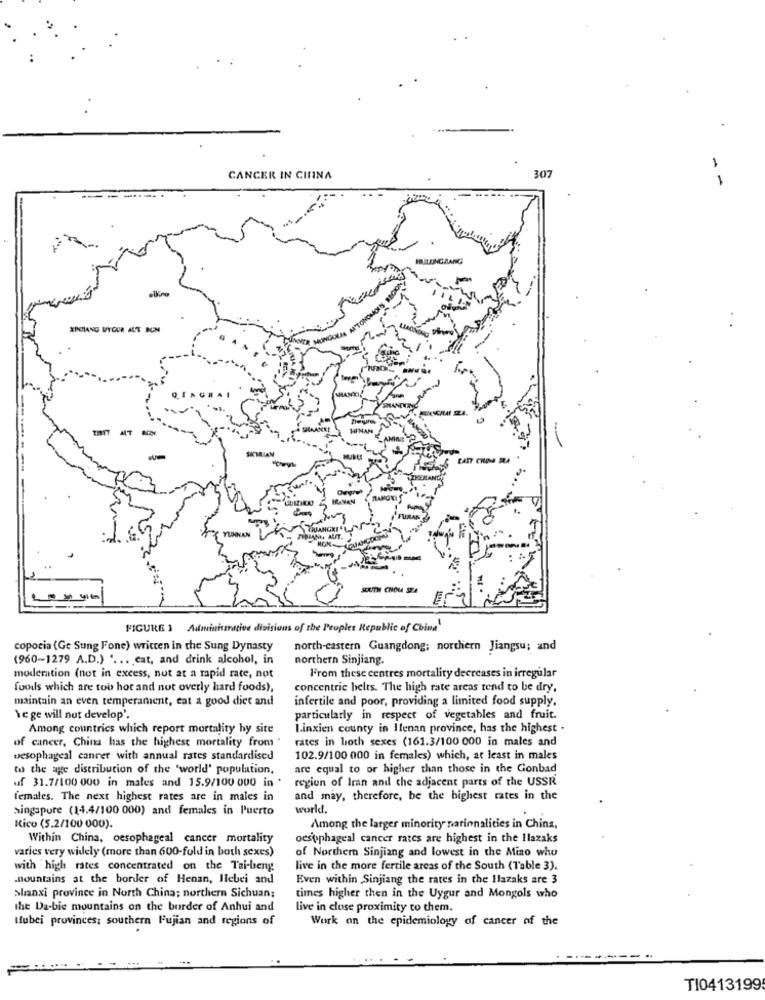
CANCER IN CITINA
307
- -
ICI ALANCE
XPOLANG UYGUR AUT BUN
AT
SIMLIAN
-
INAN
YUNNAN
FIRMANU AUT.
FIGURE 3 Administrative divisions of the Peoples Republic of China"
copocia (Gc Sung Fone) written in the Sung Dynasty
north-eastern Guangdong; northern Jiangsu; and
(960-1279 A.D.) " ... cat, and drink alcohol, in
northern Sinjiang.
moderation (not in excess, not at a rapid rate, not
From these centres mortality decreases in irregular
foods which are too hot and not overly hard foods),
concentric helts. The high rate areas tend to be dry.
maintain an even temperament, eat a good diec and
infertile and poor, providing a limited food supply.
Vege will not develop'.
particularly in respect of vegetables and fruit.
Among countrics which report mortality hy site
Linxien county in Ilenan province, has the highest .
rates in both sexes (161.3/100 000 in males and
of cancer, China has the highest mortality from '
oesophageal canrer with annual rates standardised
102.9/100 000 in females) which, at least in males
to the age distribution of the 'world' population,
are equal to or higher than those in the Gonbad
of 31.7/100 000 in males and 15.9/100 000 in *
region of Iran and the adjacent parts of the USSR
females. The next highest rates are in males in
and may, therefore, be the highest rates in the
singapore (14.4/100 000) and females in Puerto
world.
Rico (5.2/100 000).
Among the larger minority nationalities in China,
Within China, oesophageal cancer mortality
oesophageal cancer rates are highest in the Hlazaks
varies very widely (more than 600-fold in both sexes)
of Northern Sinjiang and lowest in the Mizo who
with high rates concentrated on the Tai-beng
live in the more fertile areas of the South (Table 3).
mountains at the border of Henan, Ilebei and
Even within Sinjiang the rates in the Hlazaks are 3
shanxi province in North China; northern Sichuan:
times higher then in the Uygur and Mongols who
the Da-bie mountains on the border of Anhui and
live in close proximity to them.
Mubei provinces: southern Fujian and regions of
Work on the epidemiology of cancer of the
TI0413199